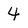
Character: 4